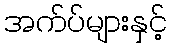
အက်ပ်များနှင့်